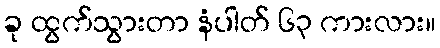
ခု ထွက်သွားတာ နံပါတ် ၆၃ ကားလား။